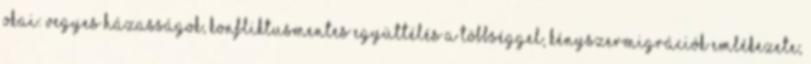
okai: vegyes házasságok, konfliktusmentes együttélés a többséggel, kényszermigrációk emlékezete;